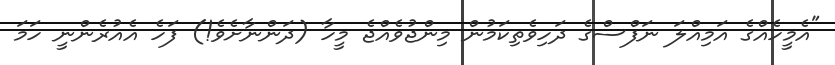
"އެމީހެއްގެ އަމިއްލަ ނަފްސްގެ ދަހިވެތިކަމުން މިންޖުވެއްޖެ މީހާ (ދަންނާށެވެ!) ފަހެ އެއުރެންނީ ހަމަ